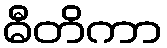
ဓီတိကာ